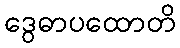
ဒွေဓာပထောတိ